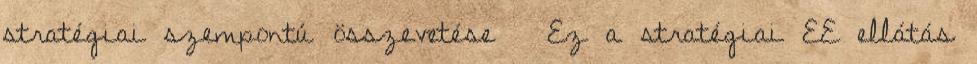
stratégiai szempontú összevetése  Ez a stratégiai EE ellátás